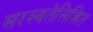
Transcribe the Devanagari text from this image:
सरस्वतेलिखित